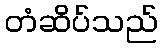
တံဆိပ်သည်